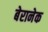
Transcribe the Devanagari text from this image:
बेरानेक